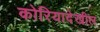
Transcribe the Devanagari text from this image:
कोरियादेखील